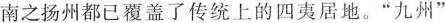
南之扬州都已覆盖了传统上的四夷居地。”九州”